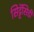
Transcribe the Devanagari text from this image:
सिट्टॅसिडी